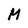
Character: M